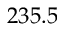
2 3 5 . 5